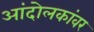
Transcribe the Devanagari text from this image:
आंदोलकांवर